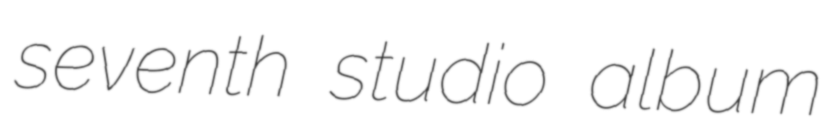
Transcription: seventh studio album